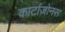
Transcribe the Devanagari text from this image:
कार्टाज़ोनस